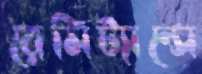
রেমিট্যান্সে